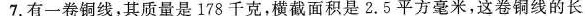
7.有一卷铜线，其质量是178千克，横截面积是2.5平方毫米，这卷铜线的长